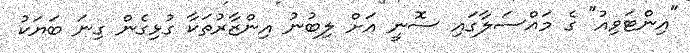
"އިންޓަވިއު" ގެ މައްސަލާގައި ސޮނީ އަށް ލިބުނު އިންޒާރުތަކާ ގުޅިގެން ގިނަ ބަޔަކު